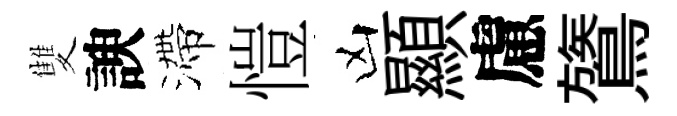
雙諛滯愷凶顯慮鷟